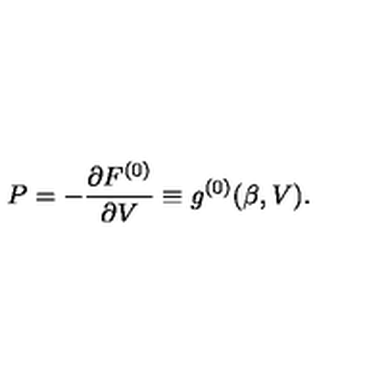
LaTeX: P = - \frac { \partial F ^ { ( 0 ) } } { \partial V } \equiv g ^ { ( 0 ) } ( \beta , V ) .